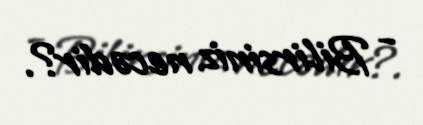
- Bilirsiniz necədir?.